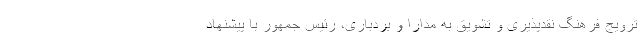
ترویج فرهنگ نقدپذیری و تشویق به مدارا و بردباری، رئیس جمهور با پیشنهاد